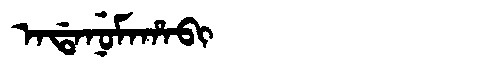
Manchu: ᠠᡩᠠᠨᡠᠮᠠᡥᠠᠪᡳ
Romanization: ADANUMAHABI